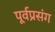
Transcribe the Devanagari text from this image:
पूर्वप्रसंग